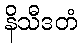
နိသီဒတံ